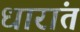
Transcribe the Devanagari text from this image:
धारांत